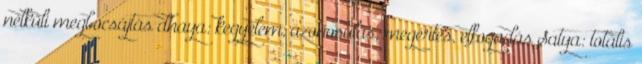
nélküli megbocsájtás dhaya: kegyelem, azonosulás, megértés, elfogadás Satya: totális